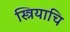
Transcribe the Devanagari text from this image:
स्त्रियाचि